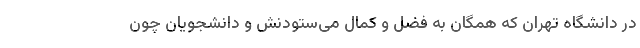
در دانشگاه تهران که همگان به فضل و کمال می‌ستودنش و دانشجویان چون